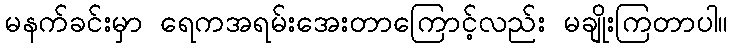
မနက်ခင်းမှာ ရေကအရမ်းအေးတာကြောင့်လည်း မချိုးကြတာပါ။